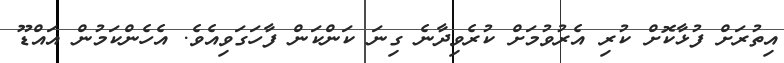
އިތުރަށް ފުޅާކޮށް ކުރި އެރުވުމަށް ކުރެވިދާނެ ގިނަ ކަންކަން ފާހަގަވިއެވެ. އެހެންކަމުން އައްޑޫ